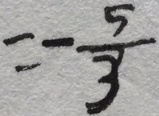
= - \frac { 5 } { 3 }